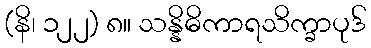
(နိ၊ ၁၂၂) ၈။ သန္နိဓိကာရသိက္ခာပုဒ်